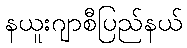
နယူးဂျာစီပြည်နယ်